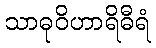
သာဓုဝိဟာရိဓီရံ